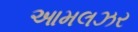
આમલઝર